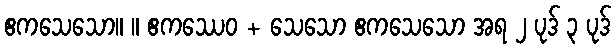
ဧကသေသော။ ။ ဧကဿေဝ + သေသော ဧကသေသော အရ ၂ ပုဒ် ၃ ပုဒ်